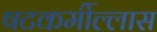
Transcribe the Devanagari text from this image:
षटकर्मील्लास